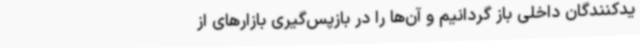
یدکنندگان داخلی باز گردانیم و آن‌ها را در بازپس‌گیری بازارهای از